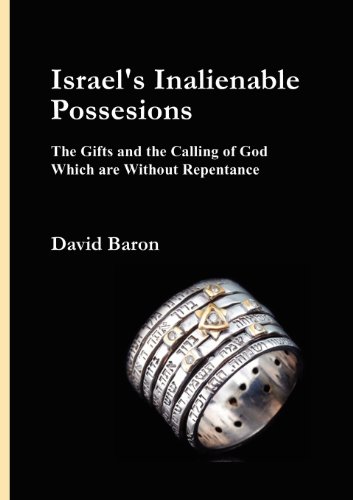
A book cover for Israel's Inalienable Possessions; David Baron; Religion & Spirituality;